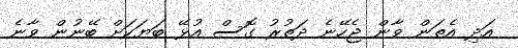
އަދި އެތަން ވާން ޖެހޭނެ ދަތުރު ގޮސް އުޅޭ ބަޔަކަށް ބޭނުން ވާނެ